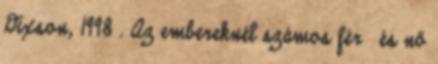
Dixson, 1998 . Az embereknél számos férﬁ és nő